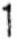
1